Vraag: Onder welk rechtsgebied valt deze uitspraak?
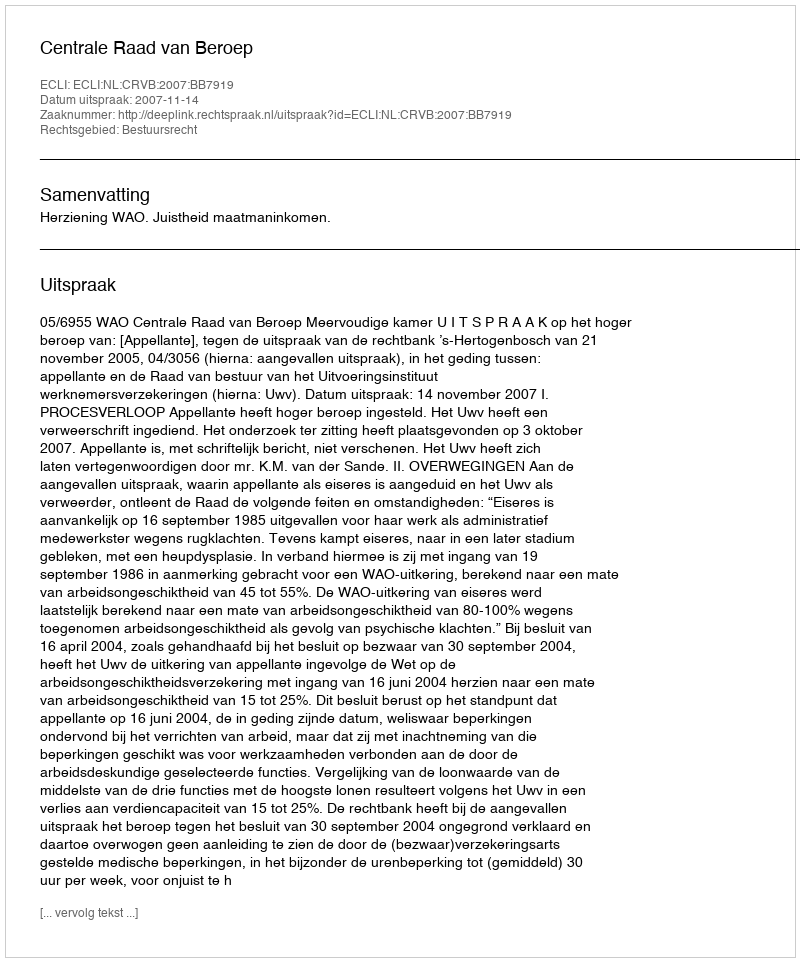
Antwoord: Bestuursrecht